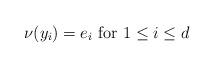
LaTeX: \begin{align*}\nu(y_i)= e_i\mbox{ for $1\le i\le d$}\end{align*}